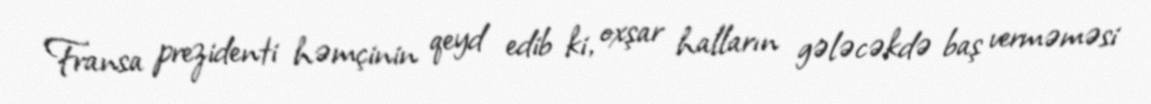
Fransa prezidenti həmçinin qeyd edib ki, oxşar halların gələcəkdə baş verməməsi